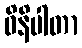
ဝိနိပါတာ